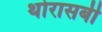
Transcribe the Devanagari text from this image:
थोरासबी